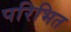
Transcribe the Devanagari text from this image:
परिभित